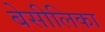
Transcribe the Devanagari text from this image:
बेसीलिका